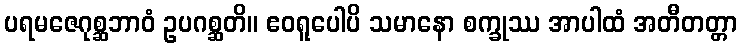
ပရမဇေဂုစ္ဆဘာဝံ ဥပဂစ္ဆတိ။ ဧဝရူပေါပိ သမာနော စက္ခုဿ အာပါထံ အတီတတ္တာ